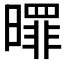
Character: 𣋖